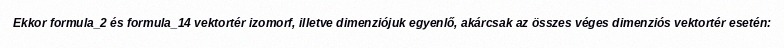
Ekkor formula_2 és formula_14 vektortér izomorf, illetve dimenziójuk egyenlő, akárcsak az összes véges dimenziós vektortér esetén: